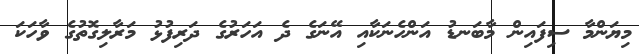
މިޔަންމާ ސިފައިން މާބަނޑު އަންހެނަކާއި އޭނަގެ ދެ އަހަރުގެ ދަރިފުޅު މަރާލިގޮތުގެ ވާހަކަ